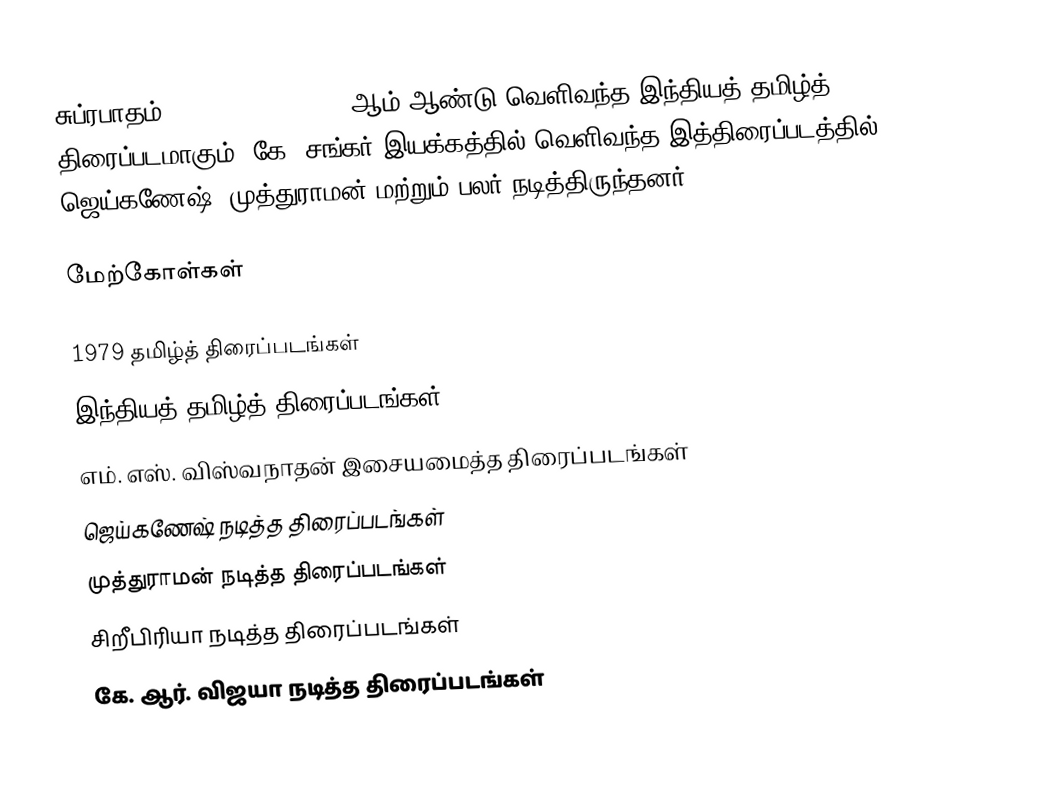
சுப்ரபாதம் (Suprabatham) 1979 ஆம் ஆண்டு வெளிவந்த இந்தியத் தமிழ்த் திரைப்படமாகும். கே. சங்கர் இயக்கத்தில் வெளிவந்த இத்திரைப்படத்தில் ஜெய்கணேஷ், முத்துராமன் மற்றும் பலர் நடித்திருந்தனர்.

மேற்கோள்கள்

1979 தமிழ்த் திரைப்படங்கள்
இந்தியத் தமிழ்த் திரைப்படங்கள்
எம். எஸ். விஸ்வநாதன் இசையமைத்த திரைப்படங்கள்
ஜெய்கணேஷ் நடித்த திரைப்படங்கள்
முத்துராமன் நடித்த திரைப்படங்கள்
சிறீபிரியா நடித்த திரைப்படங்கள்
கே. ஆர். விஜயா நடித்த திரைப்படங்கள்